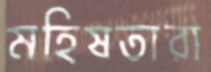
মহিষতারা